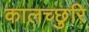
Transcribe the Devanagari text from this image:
कालच्छुरि